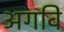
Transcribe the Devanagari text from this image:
अगवि